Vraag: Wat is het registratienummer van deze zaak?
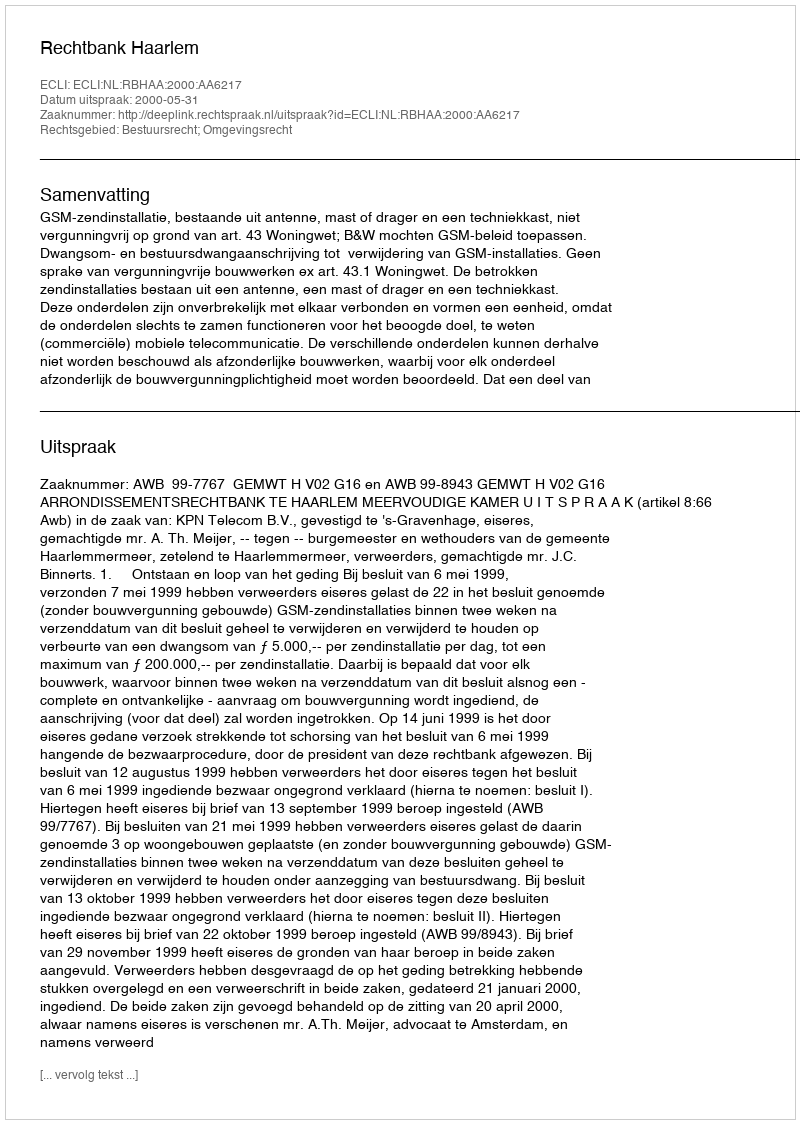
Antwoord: http://deeplink.rechtspraak.nl/uitspraak?id=ECLI:NL:RBHAA:2000:AA6217